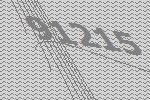
91215